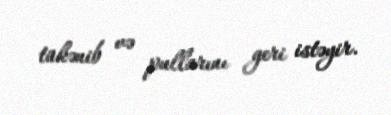
tükənib və pullarını geri istəyir.